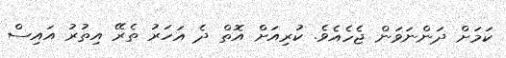
ކަމަށް ދަންނަވަން ޖެހެއެވެ. ކުރިއަށް އޮތް ދެ އަހަރު ތެރޭ އިތުރު އައިސް